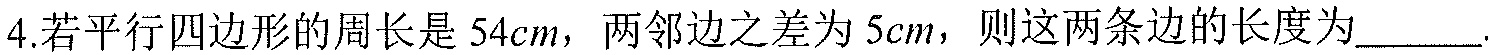
4.若平行四边形的周长是 \(54cm\)，两邻边之差为 \(5cm\)，则这两条边的长度为  .